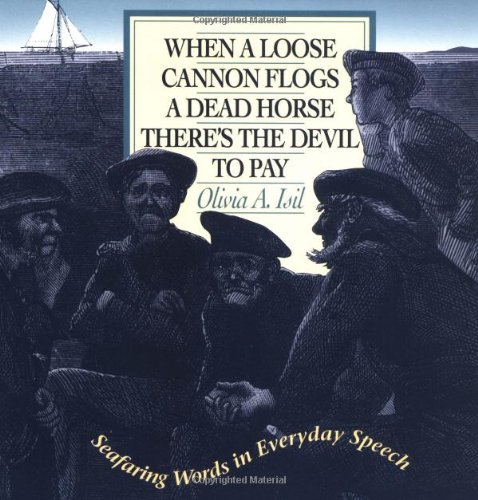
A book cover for When a Loose Cannon Flogs a Dead Horse There's the Devil to Pay: Seafaring Words in Everyday Speech; Olivia Isil; Reference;